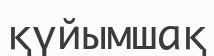
қүйымшақ